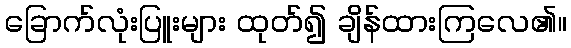
ခြောက်လုံးပြူးများ ထုတ်၍ ချိန်ထားကြလေ၏။